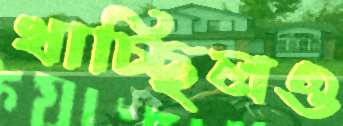
খাচ্ছিলও